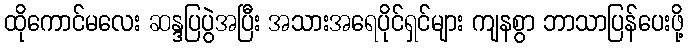
ထိုကောင်မလေး ဆန္ဒပြပွဲအပြီး အသားအရေပိုင်ရှင်များ ကျနစွာ ဘာသာပြန်ပေးဖို့